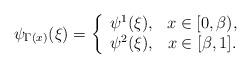
LaTeX: \begin{align*}\psi_{\Gamma(x)}(\xi)=\left\{\begin{array}{cc}\psi^1(\xi),& x\in[0,\beta),\\\psi^2(\xi),& x\in[\beta,1].\end{array}\right.\end{align*}